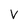
Character: V